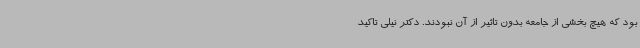
بود که هیچ بخشی از جامعه بدون تاثیر از آن نبودند. دکتر نیلی تاکید